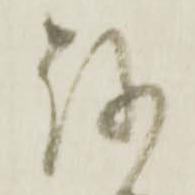
越